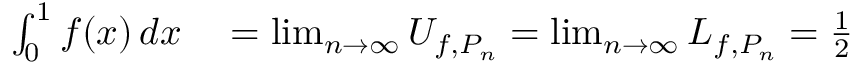
\begin{array} { r l } { \int _ { 0 } ^ { 1 } f ( x ) \, d x } & { { } = \operatorname* { l i m } _ { n \to \infty } U _ { f , P _ { n } } = \operatorname* { l i m } _ { n \to \infty } L _ { f , P _ { n } } = { \frac { 1 } { 2 } } } \end{array}